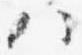
八